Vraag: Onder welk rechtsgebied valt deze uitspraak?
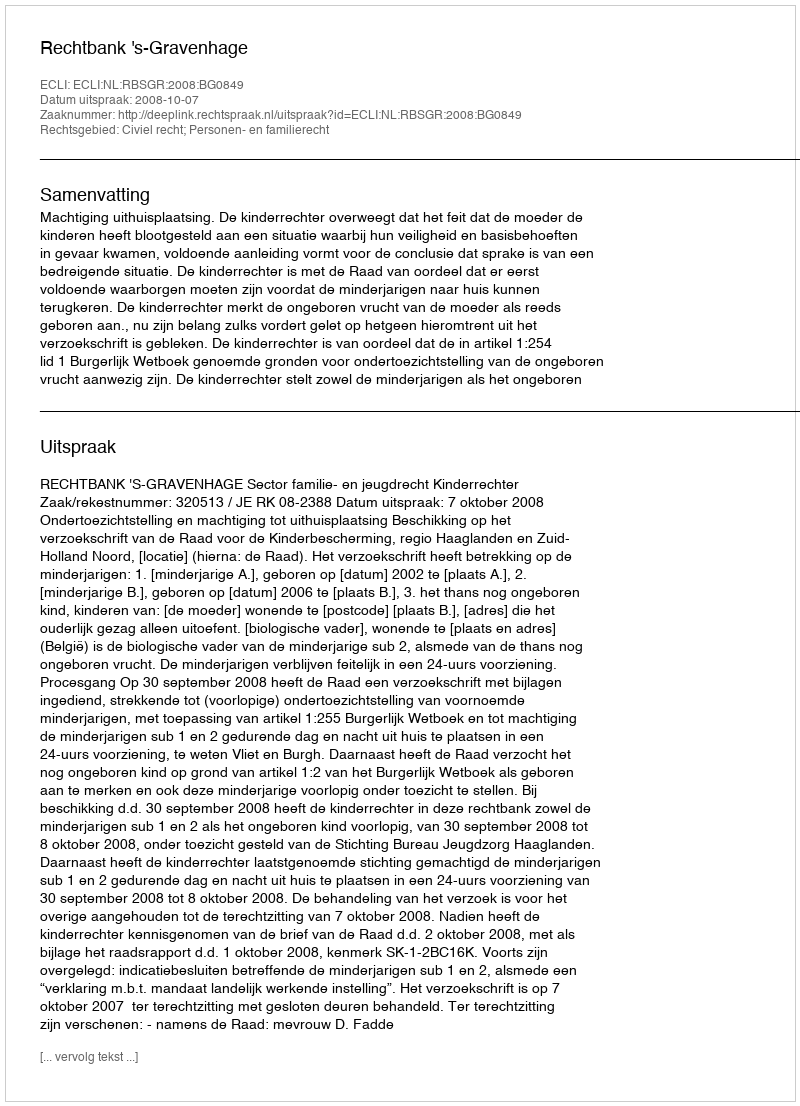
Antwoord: Civiel recht; Personen- en familierecht